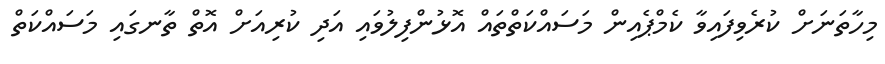
މިހާތަނަށް ކުރެވިފައިވާ ކެމްޕެއިން މަސައްކަތްތައް އޮޅުންފިލުވައި އަދި ކުރިއަށް އޮތް ތާނގައި މަސައްކަތް